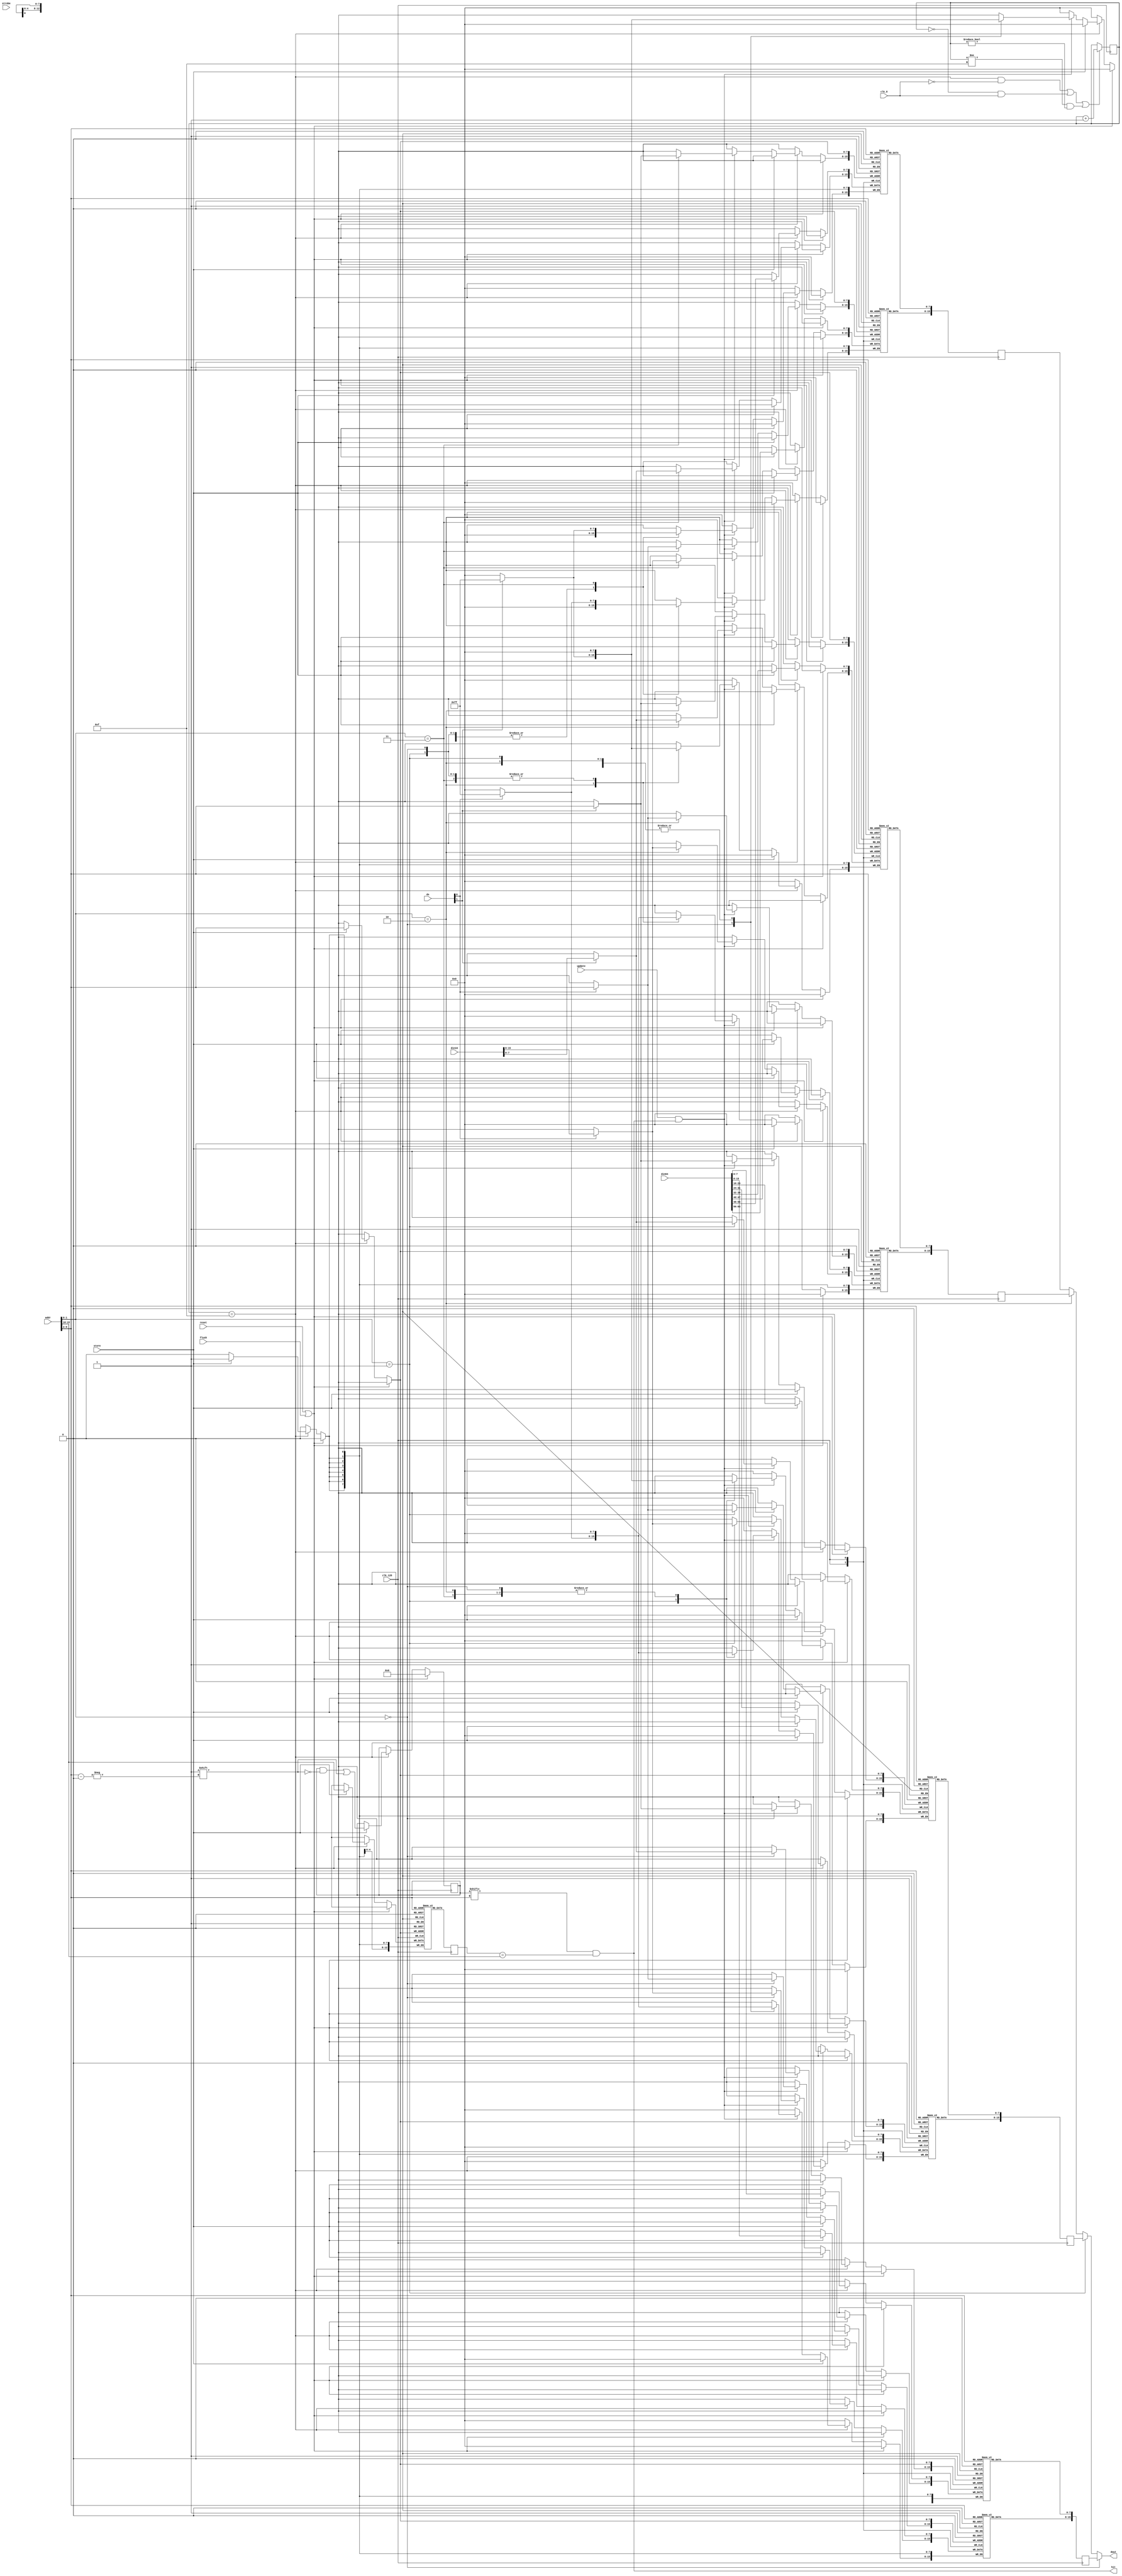
//
// cache.v
//
// Atari ST CPU cache implementation for the MiST board
// http://code.google.com/p/mist-board/
//
// Copyright (c) 2013 Till Harbaum <till@harbaum.org>
//
// This source file is free software: you can redistribute it and/or modify
// it under the terms of the GNU General Public License as published
// by the Free Software Foundation, either version 3 of the License, or
// (at your option) any later version.
//
// This source file is distributed in the hope that it will be useful,
// but WITHOUT ANY WARRANTY; without even the implied warranty of
// MERCHANTABILITY or FITNESS FOR A PARTICULAR PURPOSE.  See the
// GNU General Public License for more details.
//
// You should have received a copy of the GNU General Public License
// along with this program.  If not, see <http://www.gnu.org/licenses/>.
//
  
module cache (
      input 	    clk_128,
      input 	    clk_8,
      input 	    reset, 
      input 	    flush, 
	      
		input			 strobe,
      input [22:0] addr, // cpu word address
      input [1:0]	 ds,   // upper (0) and lower (1) data strobe

      output [15:0] dout,
      output        hit,

		// interface to store entire cache lines when read from ram
		input [63:0]  din64,
		input         store,
		
		// interface to update existing cache lines on cpu ram write
		input [15:0]  din16,
		input         update
);

reg [3:0] t;
always @(posedge clk_128) begin
	// 128Mhz counter synchronous to 8 Mhz clock
   // force counter to pass state 0 exactly after the rising edge of clk_8
   if(((t == 4'd15) && ( clk_8 == 0)) ||
      ((t ==  4'd0) && ( clk_8 == 1)) ||
      ((t != 4'd15) && (t != 4'd0)))
            t <= t + 4'd1;
end

// cache size configuration
// the cache size in bytes is 8*(2^BITS), e.g. 2kBytes if BITS == 8
localparam BITS = 8;	
								
// _word_ address mapping example with 16 cache lines (BITS == 4)
// 22 21 20 19 18 17 16 15 14 13 12 11 10  9  8  7  6  5  4  3  2  1  0
//  T  T  T  T  T  T  T  T  T  T  T  T  T  L  L  L  L  L  L  L  L  W  W
// T = stored in tag RAM
// L = cache line
// W = 16 bit word select 
wire [21-BITS-1:0] tag = addr[22:2+BITS];
wire [BITS-1:0] line = addr[2+BITS-1:2];

/* ------------------------------------------------------------------------------ */
/* --------------------------------- cache memory ------------------------------- */
/* ------------------------------------------------------------------------------ */

// 8 bytes wide storage
parameter ENTRIES = 2 ** BITS;
reg [7:0] data_latch_7 [ENTRIES-1:0];
reg [7:0] data_latch_6 [ENTRIES-1:0];
reg [7:0] data_latch_5 [ENTRIES-1:0];
reg [7:0] data_latch_4 [ENTRIES-1:0];
reg [7:0] data_latch_3 [ENTRIES-1:0];
reg [7:0] data_latch_2 [ENTRIES-1:0];
reg [7:0] data_latch_1 [ENTRIES-1:0];
reg [7:0] data_latch_0 [ENTRIES-1:0];
 
reg [21-BITS-1:0] tag_latch [ENTRIES-1:0];
reg [ENTRIES-1:0] valid;

reg [21-BITS-1:0] current_tag;

// signal indicating the currently selected cache line is valid and matches the
// address the cpu is currently requesting
// assign hit = valid[line] && (tag_latch[line] == tag);
assign hit = valid[line] && (current_tag == tag);

reg [15:0] dout_latch_0;
reg [15:0] dout_latch_1;
reg [15:0] dout_latch_2;
reg [15:0] dout_latch_3;

// permanently output data according to current line
// de-multiplex 64 bit data into word requested by cpu
assign dout = 	(addr[1:0] == 0)?dout_latch_0:
					(addr[1:0] == 1)?dout_latch_1:
					(addr[1:0] == 2)?dout_latch_2:
					dout_latch_3;

always @(posedge clk_128) begin
	dout_latch_0 <= {data_latch_1[line], data_latch_0[line]};
	dout_latch_1 <= {data_latch_3[line], data_latch_2[line]};
	dout_latch_2 <= {data_latch_5[line], data_latch_4[line]};
	dout_latch_3 <= {data_latch_7[line], data_latch_6[line]};
	current_tag <= tag_latch[line];
end

always @(posedge clk_128) begin
   if(reset || flush) begin
		valid <= { ENTRIES {1'b0} };
   end else begin
		// the store and update signals are valid in the last cycle only. The cpu runs
		// at 32MHz and is valid if t=14,15,0,1
		if(t==15) begin

			// store indicates that a whole cache line is to be stored
			if(store) begin
				data_latch_7[line] <= din64[63:56];
				data_latch_6[line] <= din64[55:48];
				data_latch_5[line] <= din64[47:40];
				data_latch_4[line] <= din64[39:32];
				data_latch_3[line] <= din64[31:24];
				data_latch_2[line] <= din64[23:16];
				data_latch_1[line] <= din64[15: 8];
				data_latch_0[line] <= din64[ 7: 0];
			
				tag_latch[line] <= tag;
				valid[line] <= 1'b1;
			end
		
			// cpu (or other bus master!) writes to ram, so update cache contents if necessary
			else if(update && hit) begin
				// no need to care for "tag_latch" or "valid" as they simply stay the same

				case(addr[1:0]) 
					0: begin
							if(ds[1]) data_latch_0[line] <= din16[7:0];
							if(ds[0]) data_latch_1[line] <= din16[15:8];
						end
			
					1: begin
							if(ds[1]) data_latch_2[line] <= din16[7:0];
							if(ds[0]) data_latch_3[line] <= din16[15:8];
						end

					2: begin
							if(ds[1]) data_latch_4[line] <= din16[7:0];
							if(ds[0]) data_latch_5[line] <= din16[15:8];
						end

					3:  begin
							if(ds[1]) data_latch_6[line] <= din16[7:0];
							if(ds[0]) data_latch_7[line] <= din16[15:8];
						end
				endcase
			end
		end
   end
end
  
endmodule